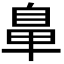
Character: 𮮲